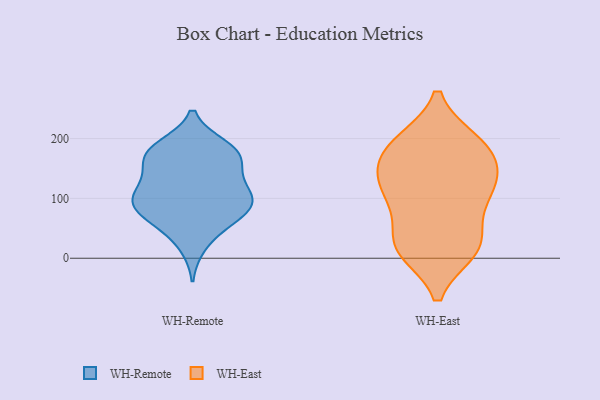
{"axis": {"x": "Humidity (%)", "y": "Value"}, "legend": ["WH-East", "WH-Remote"], "data": [{"x": "", "y": 188, "type": "WH-Remote"}, {"x": "", "y": 61, "type": "WH-Remote"}, {"x": "", "y": 20, "type": "WH-Remote"}, {"x": "", "y": 157, "type": "WH-Remote"}, {"x": "", "y": 84, "type": "WH-Remote"}, {"x": "", "y": 52, "type": "WH-Remote"}, {"x": "", "y": 98, "type": "WH-Remote"}, {"x": "", "y": 179, "type": "WH-Remote"}, {"x": "", "y": 82, "type": "WH-Remote"}, {"x": "", "y": 110, "type": "WH-Remote"}, {"x": "", "y": 110, "type": "WH-Remote"}, {"x": "", "y": 109, "type": "WH-Remote"}, {"x": "", "y": 161, "type": "WH-Remote"}, {"x": "", "y": 91, "type": "WH-Remote"}, {"x": "", "y": 156, "type": "WH-Remote"}, {"x": "", "y": 130, "type": "WH-Remote"}, {"x": "", "y": 185, "type": "WH-Remote"}, {"x": "", "y": 181, "type": "WH-Remote"}, {"x": "", "y": 77, "type": "WH-Remote"}, {"x": "", "y": 141, "type": "WH-East"}, {"x": "", "y": 115, "type": "WH-East"}, {"x": "", "y": 13, "type": "WH-East"}, {"x": "", "y": 151, "type": "WH-East"}, {"x": "", "y": 21, "type": "WH-East"}, {"x": "", "y": 16, "type": "WH-East"}, {"x": "", "y": 37, "type": "WH-East"}, {"x": "", "y": 179, "type": "WH-East"}, {"x": "", "y": 149, "type": "WH-East"}, {"x": "", "y": 17, "type": "WH-East"}, {"x": "", "y": 98, "type": "WH-East"}, {"x": "", "y": 193, "type": "WH-East"}, {"x": "", "y": 195, "type": "WH-East"}, {"x": "", "y": 94, "type": "WH-East"}, {"x": "", "y": 194, "type": "WH-East"}, {"x": "", "y": 111, "type": "WH-East"}]}